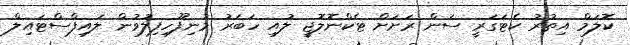
ކޮލަމް އިތުރު ކެޓަގަރީ ސަން ރަށަށް ޓެކްނޮލޮޖީ ލުއި ހަބަރު މުނިފޫހިފިލުވުން ލައިފްސްޓައިލް